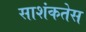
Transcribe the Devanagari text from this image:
साशंकतेस